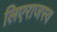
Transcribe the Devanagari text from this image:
लिएराजस्व